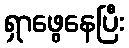
ရှာဖွေနေပြီး